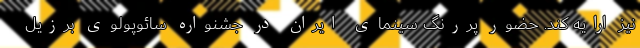
نیز ارایه کند. حضور پررنگ سینمای ایران در جشنواره سائوپولوی برزیل